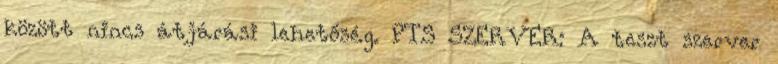
között nincs átjárási lehetőség. PTS SZERVER: A teszt szerver